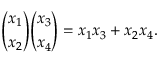
{ \binom { x _ { 1 } } { x _ { 2 } } } { \binom { x _ { 3 } } { x _ { 4 } } } = x _ { 1 } x _ { 3 } + x _ { 2 } x _ { 4 } .